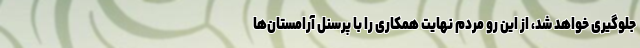
جلوگیری خواهد شد، از این رو مردم نهایت همکاری را با پرسنل آرامستان‌ها